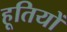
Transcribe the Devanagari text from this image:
हूतियों